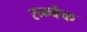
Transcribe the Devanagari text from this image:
रुम्बेक